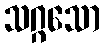
သဂ္ဂသော